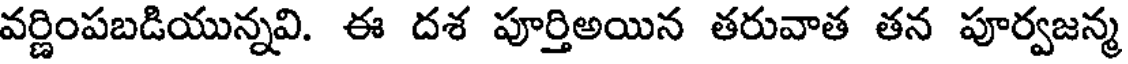
వర్ణింపబడియున్నవి. ఈ దశ పూర్తిఅయిన తరువాత తన పూర్వజన్మ